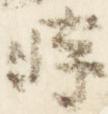
時